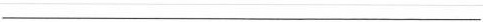
___